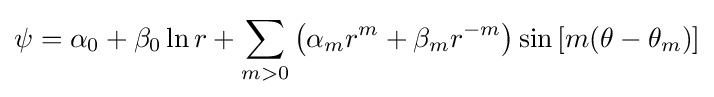
\psi =\alpha _{0}+\beta _{0}\ln r+\sum _{m>0}{\left(\alpha _{m}r^{m}+\beta _{m}r^{-m}\right)\sin {[m(\theta -\theta _{m})]}}